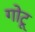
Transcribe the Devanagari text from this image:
गोटू